Report on sanitation, dispensaries, and jails in Rajputana for 1917, and on vaccination for the year 1917-1918 - 1917-1918
Year: 1917
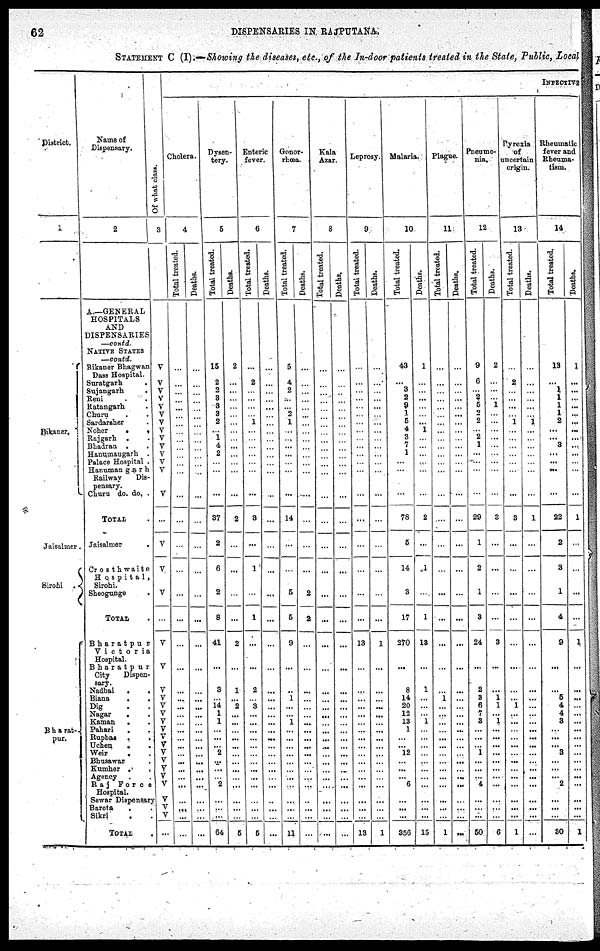
62
DISPENSARIES IN RAJPUTANA
STATEMENT C (I).—Showing the diseases, etc., of the In-door patients treated in the State, Public, Local
District.
1
Bikaner.
Jaisalmer .
Sirohi .
Bharat¬
pur.
Name of
Dispensary.
2
A—GENERAL
HOSPITALS
AND
DISPENSARIES
—contd.
NATIVE STATES
—contd.
Bikaner Bhagwan
Dass Hospital.
Suratgarh .
Sujangarh
.
Reni . .
Ratangarh .
Churu . .
Sardarsher .
Noher
.
.
Rajgarh . .
Bhadran . .
Hanumangarh .
Palace Hospital .
Hanumangarh
Railway
Dis-
pensary.
Churu do. do. .
TOTAL .
Jaisalmer .
Crosthwaite
H o s p i t a l,
Sirohi.
Sheogunge .
TOTAL .
Bharatpur
Victoria
Hospital.
Bharatpur
City
Dispen¬
sary.
Nadbai
. .
Biana
. .
Dig . .
Nagar . .
Kaman
. .
Pahari . .
Rupbas .
.
Uchen
. .
Weir . .
Bhusawar .
Kumher . .
Agency . .
Raj
Force
Hospital.
Sewar Dispensary
Bareta . .
Sikri . .
TOTAL .
INFECTIVE
Of what class.
3
V
V
V
V
V
V
V
V
V
V
V
V
V
V
...
V
V
V
...
V
V
V
V
V
V
V
V
V
V
V
V
V
V
V
V
V
V
...
Cholera.
4
Total treated.
...
...
...
...
...
...
...
...
...
...
...
...
...
...
...
...
...
...
...
...
...
...
...
...
...
...
...
...
...
...
...
...
...
...
...
...
...
...
Deaths.
...
...
...
...
...
...
...
...
...
...
...
...
...
...
...
...
...
...
...
...
...
...
...
...
...
...
...
...
...
...
...
...
...
...
...
...
...
...
Dysen-
tery.
5
Total treated.
15
2
2
3
3
3
2
...
1
4
2
...
...
...
37
2
6
2
8
41
...
3
... 14
1
1
...
...
...
2
...
...
... 2
...
...
...
64
Deaths.
2
...
...
...
...
...
...
...
...
...
...
...
...
...
2
...
...
...
...
2
...
1
... 2
...
...
...
...
...
...
...
...
...
...
...
...
...
5
Enteric
fever.
6
Total treated.
...
2
...
...
...
...
1
...
...
...
...
...
...
...
3
...
1
...
1
...
...
2
... 3
...
...
...
...
...
...
...
...
...
...
...
...
...
5
Deaths.
...
...
...
...
...
...
...
...
...
...
...
...
...
..
...
...
...
...
...
...
...
...
...
...
...
...
...
...
...
...
...
...
...
...
...
...
...
...
Gonor¬
rhœa.
7
Total treated.
5
4
2
...
...
2
1
...
...
...
...
...
...
...
14
...
...
5
5
9
...
..
1
...
... 1
...
...
...
...
...
...
...
...
...
...
...
11
Deaths.
...
...
...
...
...
...
...
...
...
...
...
...
...
...
...
...
...
2
2
...
...
...
...
...
...
...
...
...
...
...
...
...
...
...
...
...
...
...
Kala
Azar.
8
Total treated.
...
...
...
...
...
...
...
...
...
...
...
...
...
...
...
...
...
...
...
...
...
...
...
...
...
...
...
...
...
...
...
...
...
...
...
...
...
...
Deaths.
...
...
...
...
...
...
...
...
...
...
...
...
...
...
...
...
...
...
...
...
...
...
...
...
...
...
...
...
...
...
...
...
...
...
...
...
...
...
Leprosy.
9
Total treated.
...
...
...
...
...
...
...
...
...
...
...
...
...
...
...
...
...
...
...
13
...
...
... ...
...
...
...
...
...
...
...
...
...
...
...
...
...
13
Deaths.
...
...
...
...
...
...
...
...
...
...
...
...
...
...
...
...
...
...
...
1
...
...
...
...
...
...
...
...
...
...
...
...
...
...
...
...
...
1
Malaria.
10
Total treated.
43
...
3
2
9
1
5
4
3
7
1
...
...
...
78
5
14
3
17
370
...
8
14
20
12
13
1
...
...
12
...
...
... 6
...
...
...
356
Deaths.
1
...
...
...
...
...
...
1
...
...
...
...
...
...
2
...
1
...
1
13
...
1
...
...
... 1
...
...
...
...
...
...
...
...
...
...
...
15
Plague.
11
Total treated.
...
...
...
...
...
...
...
...
...
...
...
...
...
...
...
...
...
...
...
...
...
...
1
...
...
...
...
...
...
...
...
...
...
...
...
...
...
1
Deaths.
...
...
...
...
...
...
...
...
...
...
...
...
...
...
...
...
...
...
...
...
...
...
...
...
...
...
...
...
...
...
...
...
...
...
...
...
...
...
Pneumo-
nia.
12
Total treated.
9
6
...
2
5
... 2
...
2
1
...
...
...
...
29
1
2
1
3
24
...
2
8
6
7
3
...
...
... 1
...
...
... 4
...
...
...
50
Deaths.
2
...
...
...
1
...
...
...
...
...
...
...
...
...
3
...
...
...
...
3
...
...
1 1
... 1
...
...
...
...
...
...
...
...
...
...
...
6
Pyrexia
of
uncertain
origin.
13
Total treated.
...
2
...
...
...
...
1
...
...
...
...
...
...
...
3
...
...
...
...
...
...
...
... 1
... ...
...
...
...
...
...
...
...
...
...
...
...
1
Deaths.
...
...
...
...
...
...
1
...
...
...
...
...
...
...
1
...
...
...
...
...
...
...
...
...
...
...
...
...
...
...
...
...
...
...
...
...
...
...
Rheumatic
fever and
Rheuma-
tism.
14
Total treated.
13
...
1
1
1
1
2
...
...
3
...
...
...
...
22
2
3
1
4
9
...
...
5
4
4
3
...
...
... 3
...
...
... 2
...
...
...
30
Deaths.
1
...
...
...
...
...
...
...
...
...
...
...
...
...
1
...
...
...
...
1
...
...
...
...
...
...
...
...
...
...
...
...
...
...
...
...
...
1